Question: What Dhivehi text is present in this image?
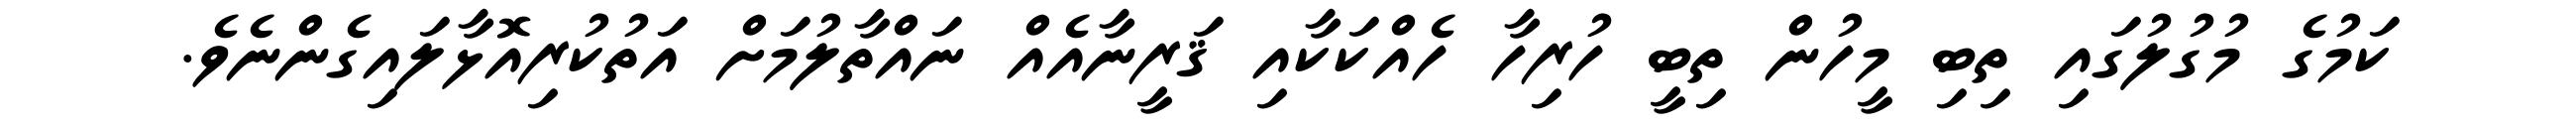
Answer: ކަމުގެ މުގުލުގައި ތިބި މީހުން ތިބީ ހުރިހާ ހެއްކަކާއި ޤަރީނާއެއް ނައްތާލުމަށް އަތުކުރިއޮޅާލައިގެންނެވެ.